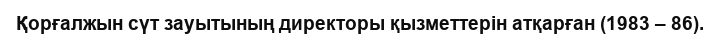
Қорғалжын сүт зауытының директоры қызметтерін атқарған (1983 – 86).